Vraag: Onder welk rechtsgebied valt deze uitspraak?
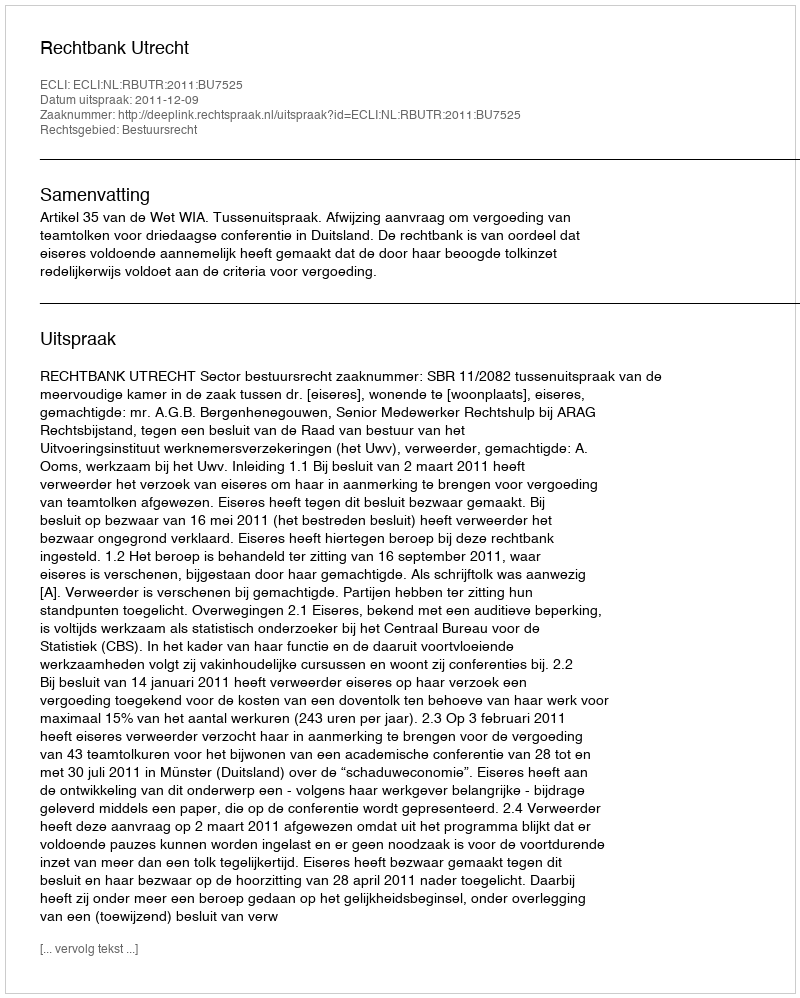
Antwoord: Bestuursrecht